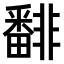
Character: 𩇾